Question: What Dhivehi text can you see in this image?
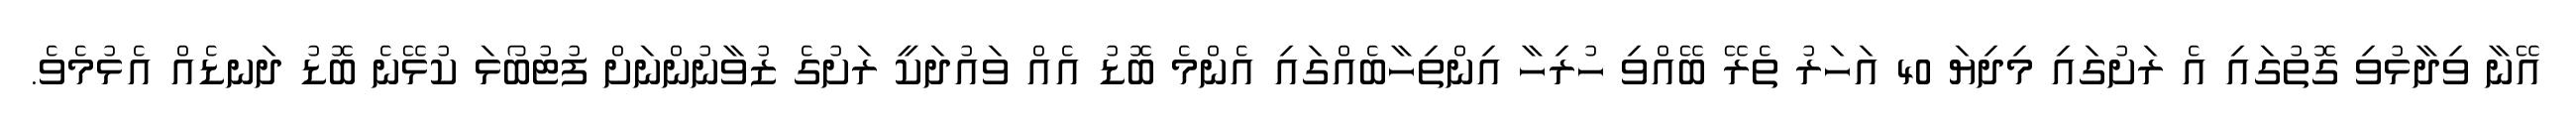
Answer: އޭނާ ވިދާޅުވި ގޮތުގައި އެ ރަށުގައި މިދިޔަ 40 އަހަރު ތެރޭ ބޭއްވި ހުރިހާ އިންތިހާބެއްގައި އެންމެ ބޮޑު އެއް ވައުދަކީ ރަށުގެ ޒުވާނުންނަށް ފުޓުބޯޅަ ކުޅޭނެ ބޮޑު ދަނޑެއް އެޅުމެވެ.